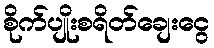
စိုက်ပျိုးစရိတ်ချေးငွေ